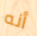
أنه